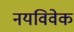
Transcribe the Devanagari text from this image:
नयविवेक